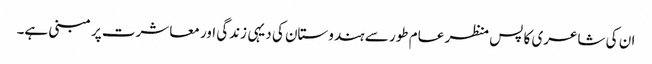
ان کی شاعری کا پس منظر عام طور سے ہندوستان کی دیہی زندگی اور معاشرت پر مبنی ہے۔